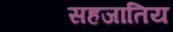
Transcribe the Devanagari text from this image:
सहजातिय